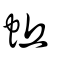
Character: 蚯